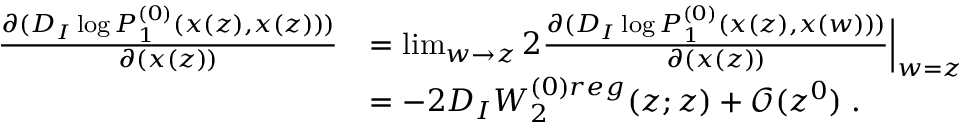
\begin{array} { r l } { \frac { \partial ( D _ { I } \log P _ { 1 } ^ { ( 0 ) } ( x ( z ) , x ( z ) ) ) } { \partial ( x ( z ) ) } } & { = \operatorname* { l i m } _ { w \to z } 2 \frac { \partial ( D _ { I } \log P _ { 1 } ^ { ( 0 ) } ( x ( z ) , x ( w ) ) ) } { \partial ( x ( z ) ) } \Big | _ { w = z } } \\ & { = - 2 D _ { I } W _ { 2 } ^ { ( 0 ) r e g } ( z ; z ) + \mathcal { O } ( z ^ { 0 } ) \; . } \end{array}